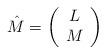
LaTeX: \begin{align*}\hat{M}=\left(\begin{array}{c}L\\M\end{array}\right)\end{align*}